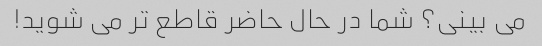
می بینی؟ شما در حال حاضر قاطع تر می شوید!